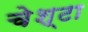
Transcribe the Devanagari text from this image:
चेश्टा